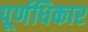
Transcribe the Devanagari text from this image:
पूर्णधिकार